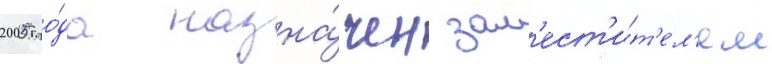
2005 го́да назна́чен зам'ест'и́т'ел'ем